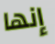
إنها